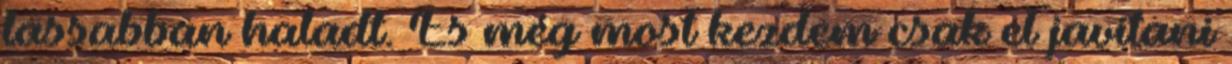
lassabban haladt. És még most kezdem csak el javítani